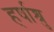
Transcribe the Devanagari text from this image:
हर्षाश्रु